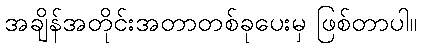
အချိန်အတိုင်းအတာတစ်ခုပေးမှ ဖြစ်တာပါ။